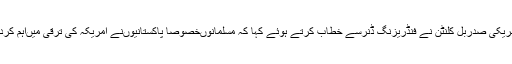
سابق امریکی صدربل کلنٹن نے فنڈریزنگ ڈنرسے خطاب کرتے ہوئے کہا کہ مسلمانوںخصوصاً پاکستانیوںنے امریکہ کی ترقی میںاہم کرداراداکیا۔